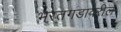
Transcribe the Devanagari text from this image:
भरतगडावरील